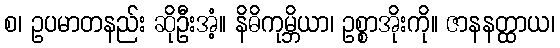
စ၊ ဥပမာတနည်း ဆိုဦးအံ့။ နိဓိကုမ္ဘိယာ၊ ဥစ္စာအိုးကို။ ဇာနနတ္ထာယ၊